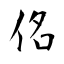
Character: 佲